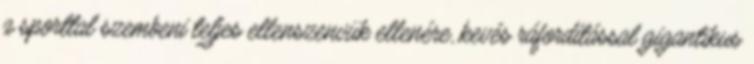
a sporttal szembeni teljes ellenszenvük ellenére, kevés ráfordítással gigantikus